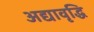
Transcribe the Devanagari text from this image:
अद्यावृद्धि